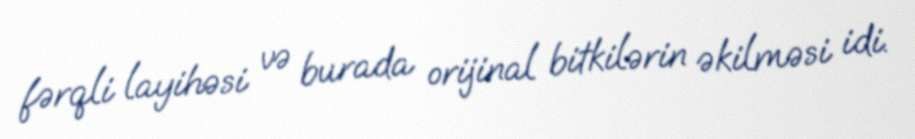
fərqli layihəsi və burada orijinal bitkilərin əkilməsi idi.